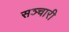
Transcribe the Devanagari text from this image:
सञ्चारी